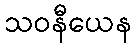
သဝနီယေန